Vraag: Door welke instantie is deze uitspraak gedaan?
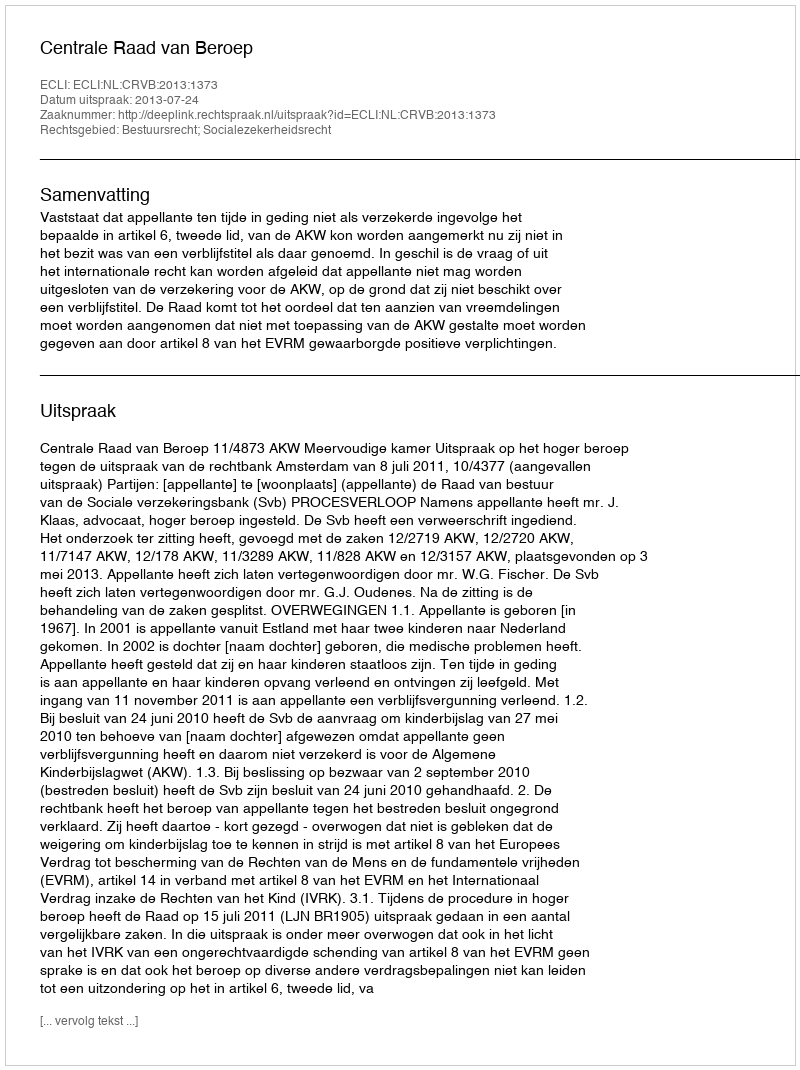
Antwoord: Centrale Raad van Beroep